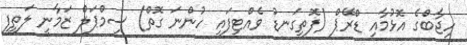
ހިޖާބްގެ އޮޅުމާއި ޑްރޭޕް (ފޮތިގަނޑު ވެއްޓިފައި ހުންނަ ގޮތް) ސިމްޕަލް ޒަމާނީ ލަތީފީ